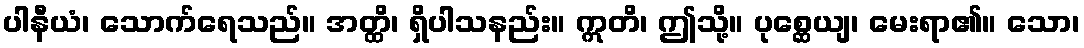
ပါနီယံ၊ သောက်ရေသည်။ အတ္ထိ၊ ရှိပါသနည်း။ ဣတိ၊ ဤသို့။ ပုစ္ဆေယျ၊ မေးရာ၏။ သော၊